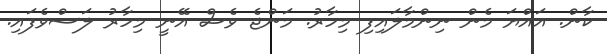
ކާން. އައްޔަ މެން ނިންމާލައިފި މިހާރު. މަންޖެ ވެސް އޭނީ މިހާރު ލަސްވެފައި.